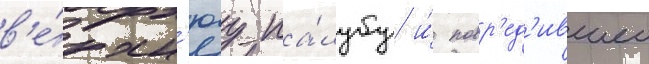
в'е́рхн'юу па́лубу и́ повр'ед'ившеи